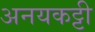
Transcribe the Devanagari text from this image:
अनयकट्टी